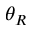
\theta _ { R }